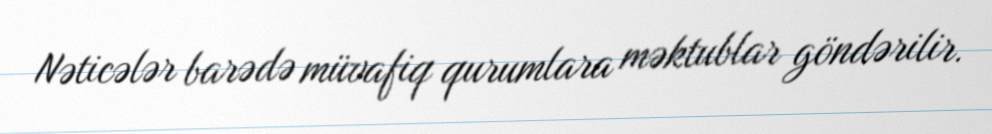
Nəticələr barədə müvafiq qurumlara məktublar göndərilir.